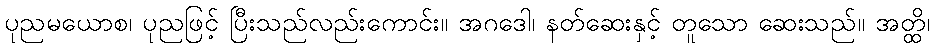
ပုညမယောစ၊ ပုညဖြင့် ပြီးသည်လည်းကောင်း။ အဂဒေါ၊ နတ်ဆေးနှင့် တူသော ဆေးသည်။ အတ္ထိ၊